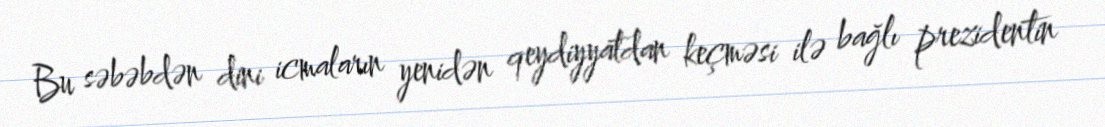
Bu səbəbdən dini icmaların yenidən qeydiyyatdan keçməsi ilə bağlı prezidentin